Insane asylums Bombay 1873-77 - 1873-1877
Year: 1873
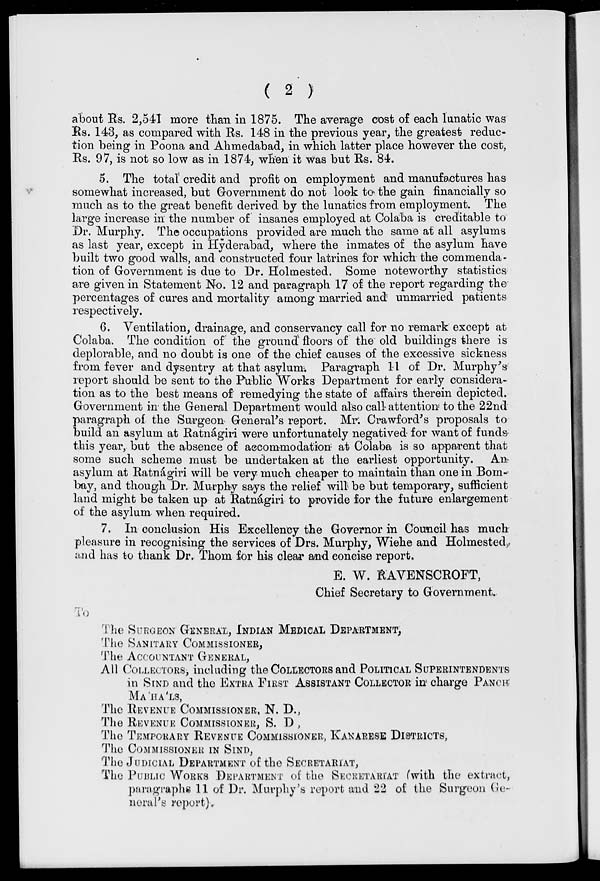
( 2 )
about Rs. 2,541 more than in 1875. The average cost of each lunatic was
Rs. 143, as compared with Rs. 148 in the previous year, the greatest reduc-
tion being in Poona and Ahmedabad, in which latter place however the cost,
Rs. 97, is not so low as in 1874, when it was but Rs. 84.
5. The total credit and profit on employment and manufactures has
somewhat increased, but Government do not look to the gain financially so
much as to the great benefit derived by the lunatics from employment. The
large increase in the number of insanes employed at Colaba is creditable to
Dr. Murphy. The occupations provided are much the same at all asylums
as last year, except in Hyderabad, where the inmates of the asylum have
built two good walls, and constructed four latrines for which the commenda-
tion of Government is due to Dr. Holmested. Some noteworthy statistics
are given in Statement No. 12 and paragraph 17 of the report regarding the
percentages of cures and mortality among married and unmarried patients
respectively.
6. Ventilation, drainage, and conservancy call for no remark except at
Colaba. The condition of the ground floors of the old buildings there is
deplorable, and no doubt is one of the chief causes of the excessive sickness
from fever and dysentry at that asylum. Paragraph 11 of Dr. Murphy's
report should be sent to the Public Works Department for early considera-
tion as to the best means of remedying the state of affairs therein depicted.
Government in the General Department would also call attention to the 22nd
paragraph of the Surgeon General's report. Mr. Crawford's proposals to
build an asylum at Ratnágiri were unfortunately negatived for want of funds
this year, but the absence of accommodation at Colaba is so apparent that
some such scheme must be undertaken at the earliest opportunity.
An
asylum at Ratnágiri will be very much cheaper to maintain than one in Bom-
bay, and though Dr. Murphy says the relief will be but temporary, sufficient
land might be taken up at Ratnágiri to provide for the future enlargement
of the asylum when required.
7. In conclusion His Excellency the Governor in Council has much
pleasure in recognising the services of Drs. Murphy, Wiehe and Holmested,
and has to thank Dr. Thom for his clear and concise report.
E. W. RAVENSCROFT,
Chief Secretary to Government.
To
The SURGEON GENERAL, INDIAN MEDICAL DEPARTMENT,
The SANITARY COMMISSIONER,
The ACCOUNTANT GENERAL,
All COLLECTORS, including the COLLECTORS and POLITICAL SUPERINTENDENTS
in SIND and the EXTRA FIRST ASSISTANT COLLECTORS in charge PANCH
MA'HA'LS,
The REVENUE COMMISSIONER, N. D.,
The REVENUE COMMISSIONER, S. D ,
The TEMPORARY REVENUE COMMISSIONER, KANARESE DISTRICTS,
The COMMISSIONER IN SIND,
The JUDICIAL DEPARTMENT of the SECRETARIAT,
The PUBLIC WORKS DEPARTMENT of the SECRETARIAT (with the extract,
paragraphs 11 of Dr. Murphy's report and 22 of the Surgeon Ge-
neral's report).